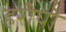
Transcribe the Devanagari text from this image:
हरीयो